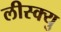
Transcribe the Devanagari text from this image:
लीस्क्यु